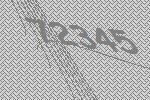
72345